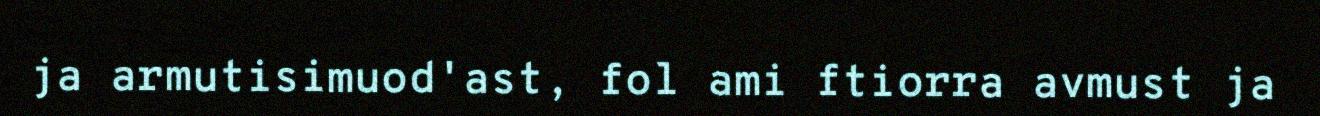
ja armutisimuod'ast, fol ami ftiorra avmust ja